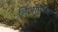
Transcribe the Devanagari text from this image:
तिजोरीच्या